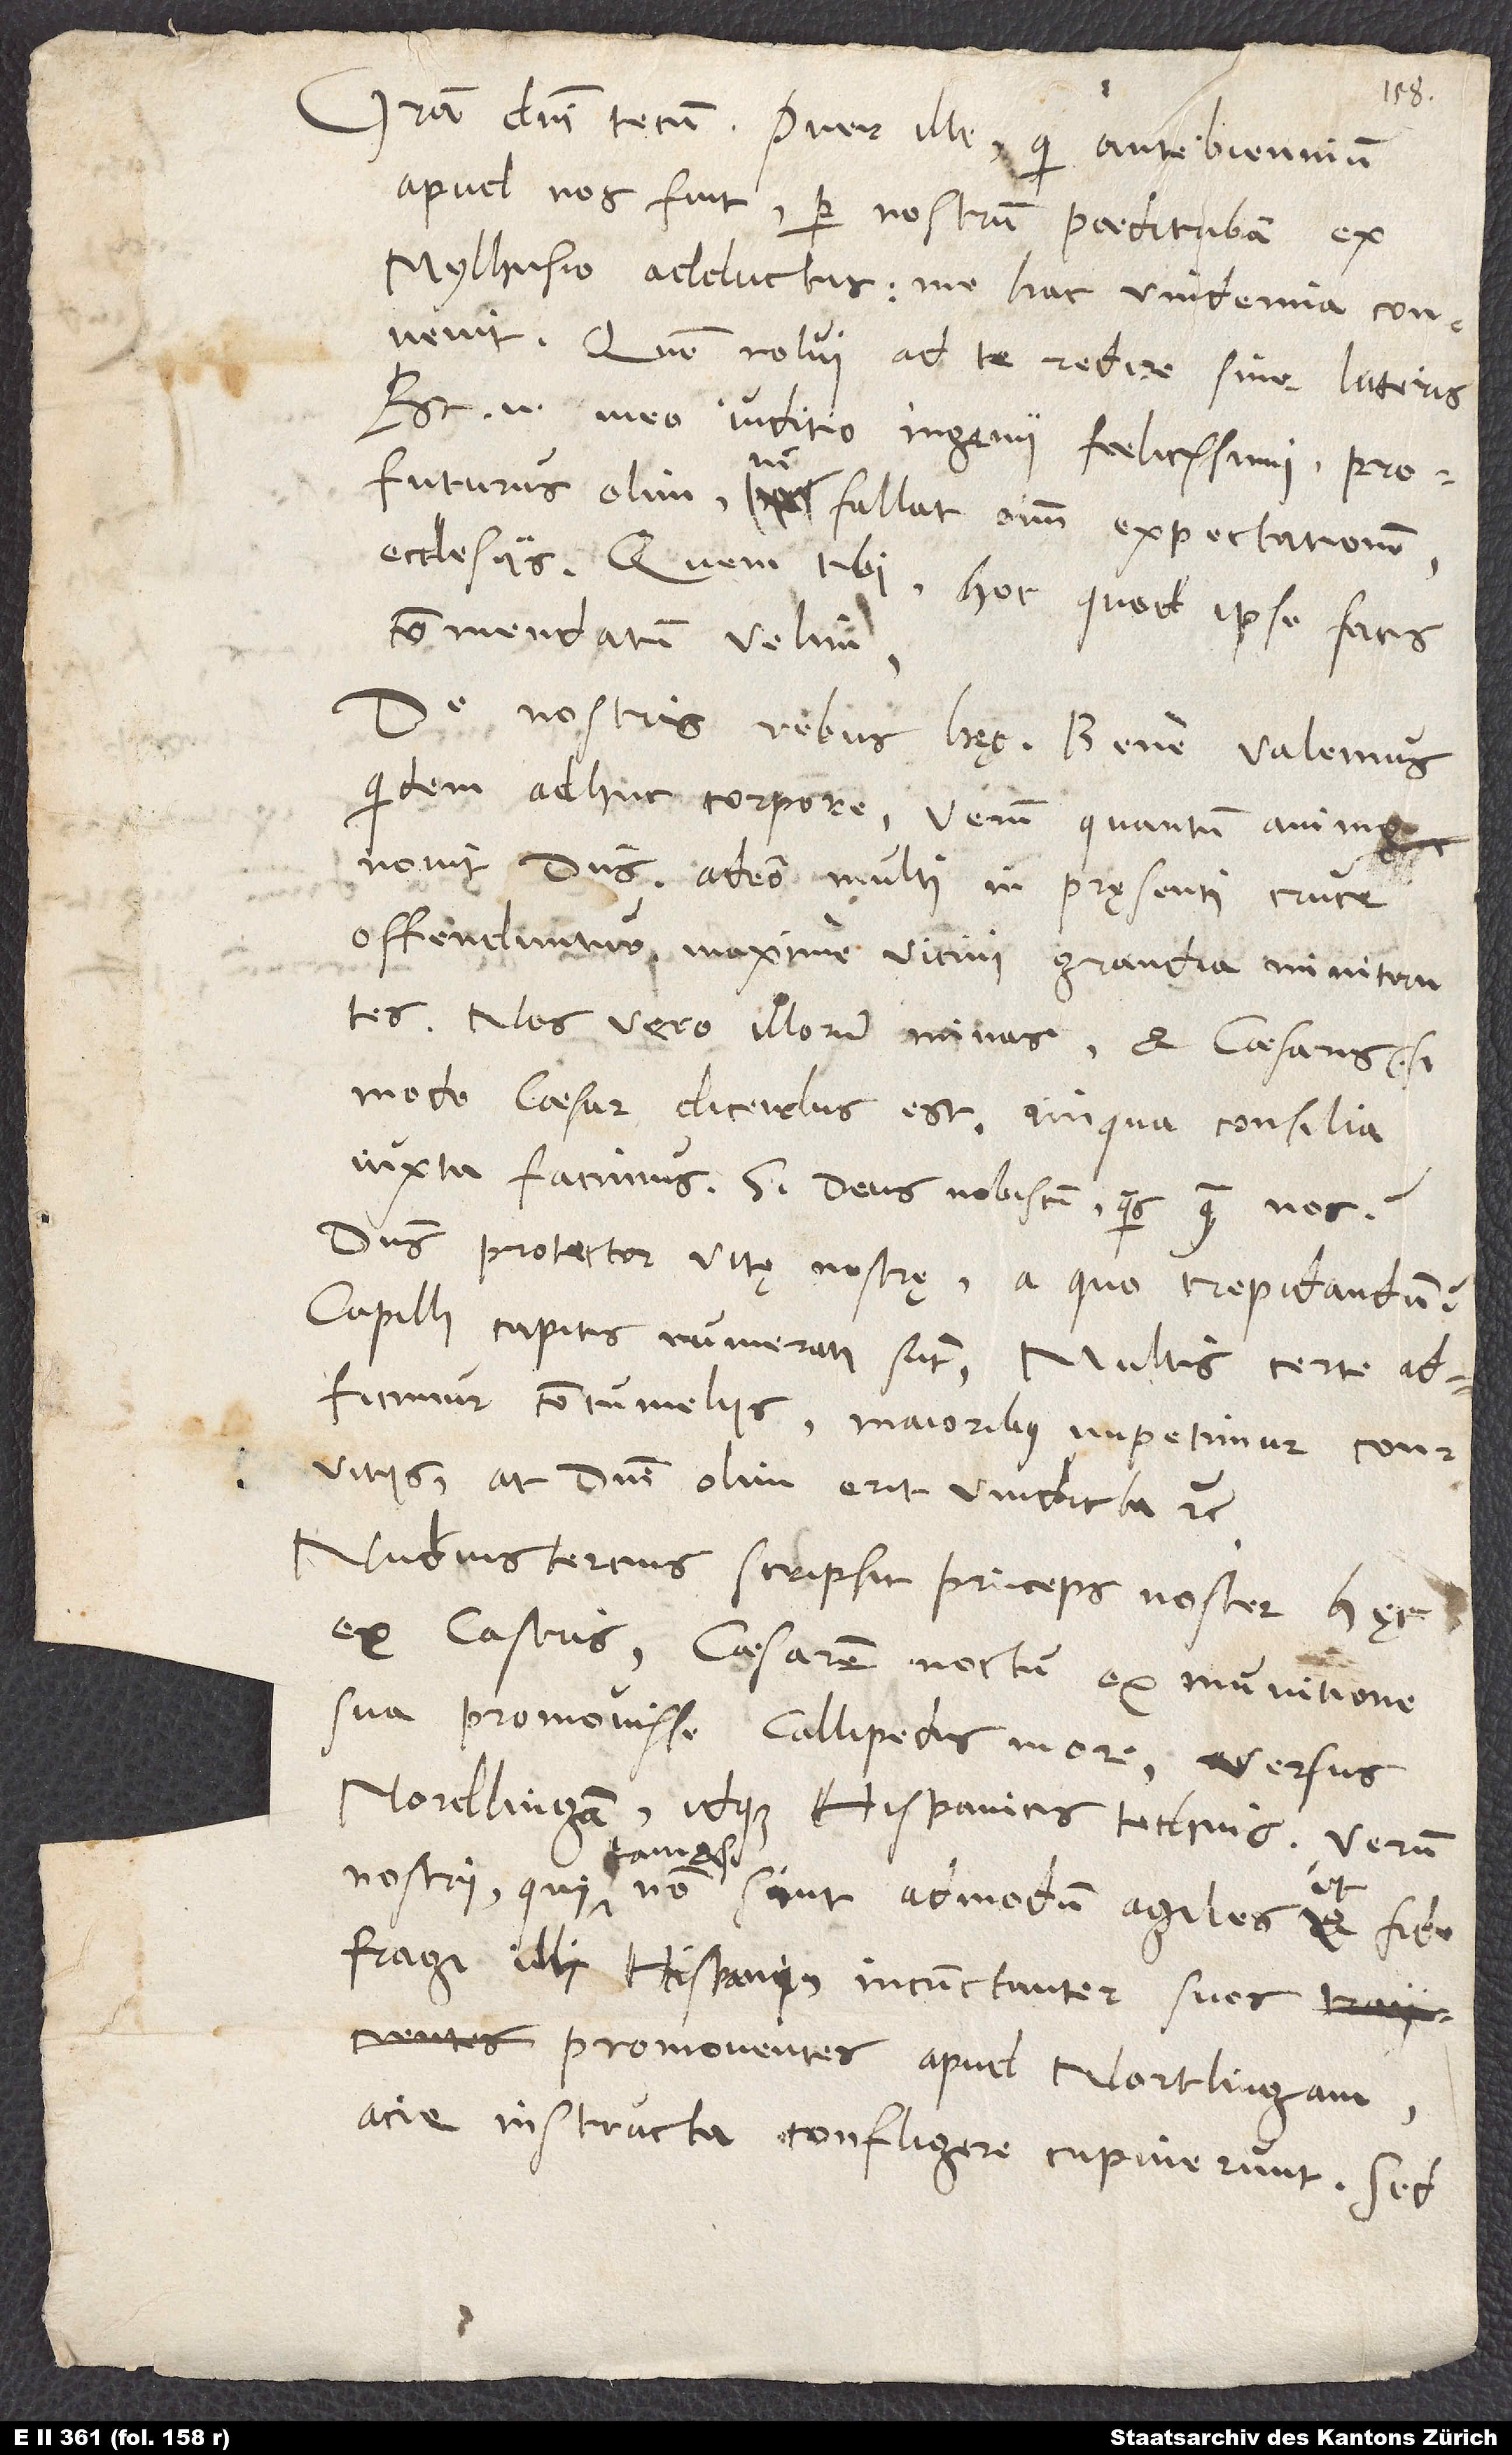
Gratia domini tecum. Puer ille, qui ante biennium
apud nos fuit, per nostrum paedotribam ex
Mylhusio adductus, me hac vindemia convenit.
Quem nolui ad te redire sine litteris.
Est enim meo iuditio ingenii foelicissimi, profuturus
olim, ni fallat omnium expectationem,
ecclesiis. Quem tibi (hoc, quod ipse facis)
commendatum velim.
nostris rebus hęc: Bene valemus
quidem adhuc corpore; verum quantum animo
novit dominus, adeo multi in pręsenti cruce
offenduntur, maxime vicini grandia minitantes.
Nos vero illorum minas et caesaris(si
modo caesar dicendus est) iniqua consilia
iuxta facimus. Si deus nobiscum, quis contra nos?
Dominus protector vitę nostrę; a quo trepidandum?
Capilli capitis numerati sunt. Multis certe
adficimur contumeliis, maioribus impetimur convitiis,
Nudiustercius scripsit princeps noster hęc
ex castris: Caesarem noctu ex munitione
sua promovisse Callipedis more versus
Nordlingam, idque Hispanicis technis. Verum
nostri, qui, tametsi non sint admodum agiles ut fidefragi
illi Hispani, incunctanter suos
promoventes apud Nortlingam
acie instructa confligere cupiverunt. Sed